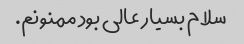
سلام بسیار عالی بود ممنونم.